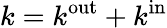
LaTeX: k=k^{\mathrm{out}}+k^{\mathrm{in}}